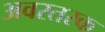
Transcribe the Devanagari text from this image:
अवरतरक